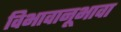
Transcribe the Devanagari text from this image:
विभावानूभावा